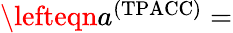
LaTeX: \begin{array}{rl}{\lefteqn{a^{\mathrm{(TPACC)}}=}}\end{array}